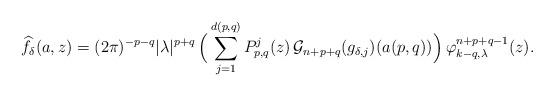
LaTeX: \begin{align*} \widehat{f_\delta}(a,z) = (2\pi)^{-p-q} |\lambda|^{p+q} \, \Big( \sum_{j=1}^{d(p,q)} P_{p,q}^j(z)\, \mathcal{G}_{n+p+q}(g_{\delta,j})(a(p,q))\Big) \, \varphi_{k-q,\lambda}^{n+p+q-1}(z).\end{align*}